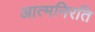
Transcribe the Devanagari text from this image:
आत्मनिरति